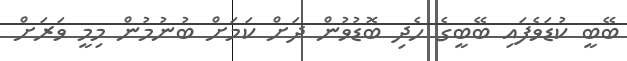
ބޭބީ ކުޑަވެފައި ބޭބީގެ ހެދި ބޮޑުވުން ދަށް ކަމަށް ބުނުމުން މިމީ ވަރަށް